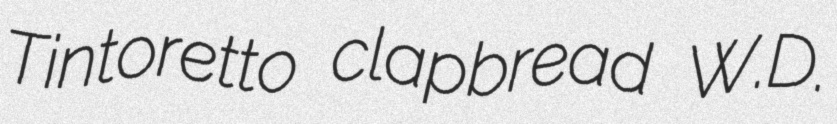
Tintoretto clapbread W.D.